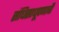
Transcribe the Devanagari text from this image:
संधिसाधूपणाची